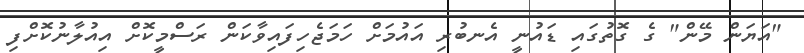
"އަޔަން މޭން" ގެ ގޮތުގައި ޑައުނީ އެނބުރި އައުމަށް ހަމަޖެހިފައިވާކަން ރަސްމީކޮށް އިއުލާނުކޮށްފި